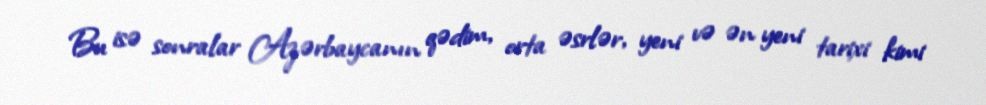
Bu isə sonralar Azərbaycanın qədim, orta əsrlər, yeni və ən yeni tarixi kimi